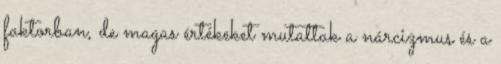
faktorban, de magas értékeket mutattak a nárcizmus és a